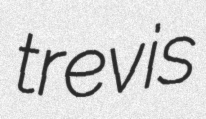
trevis